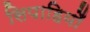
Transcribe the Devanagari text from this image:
सिपाहियोँ